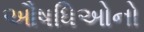
ઔષધિઓનો